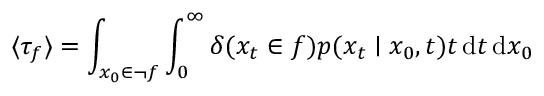
\langle \tau _ { f } \rangle = \int _ { x _ { 0 } \in \lnot f } \int _ { 0 } ^ { \infty } \delta ( { x _ { t } \in f } ) p ( x _ { t } \mid x _ { 0 } , t ) t \, \mathrm { d } t \, \mathrm { d } x _ { 0 }